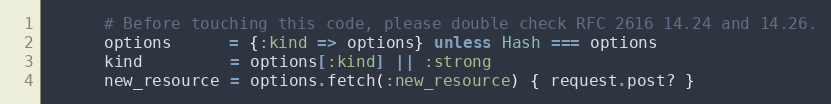
Language: Ruby
      # Before touching this code, please double check RFC 2616 14.24 and 14.26.
      options      = {:kind => options} unless Hash === options
      kind         = options[:kind] || :strong
      new_resource = options.fetch(:new_resource) { request.post? }